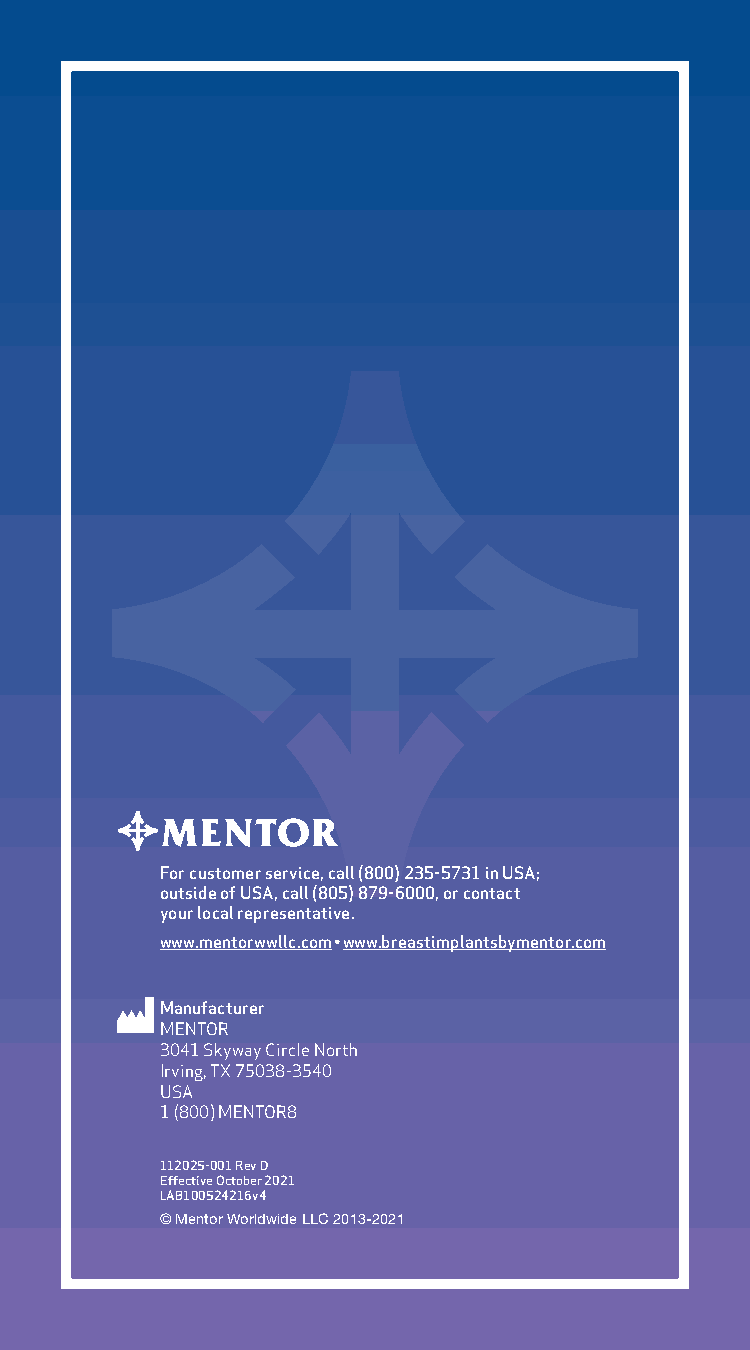
For customer service, call (800) 235-5731 in USA;
 outside of USA, call (805) 879-6000, or contact
 your local representative.
 www.mentorwwllc.com • www.breastimplantsbymentor.com
 Manufacturer
 MENTOR
 3041 Skyway Circle North
 Irving, TX 75038-3540
 USA
 1 (800) MENTOR8
 112025-001 Rev D
 Effective October 2021
 LAB100524216v4
 © Mentor Worldwide LLC 2013-2021